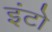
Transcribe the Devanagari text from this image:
इंटो